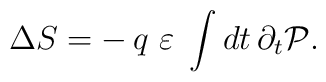
\Delta S = - \, q \, \, \varepsilon \; \int dt \, \partial_t {\cal P}.